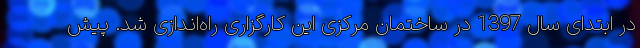
در ابتدای سال 1397 در ساختمان مرکزی این کارگزاری راه‌اندازی شد. پیش